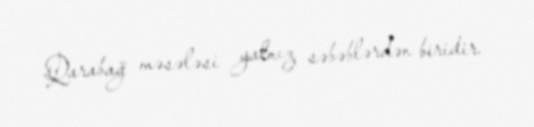
Qarabağ məsələsi yalnız səbəblərdən biridir.